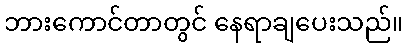
ဘားကောင်တာတွင် နေရာချပေးသည်။